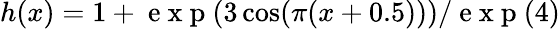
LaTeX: h(x)=1+\mathrm{~e~x~p~}(3\cos(\pi(x+0.5)))/\mathrm{~e~x~p~}(4)